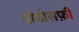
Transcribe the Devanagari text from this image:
थीयोसफ़ी